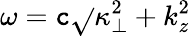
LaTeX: \omega=\mathtt{c}\sqrt{}{{\kappa_{\perp}^{2}+k_{z}^{2}}}